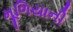
મૂળિયાની